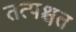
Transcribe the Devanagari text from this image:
तत्पश्चत